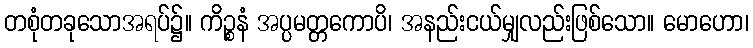
တစုံတခုသောအရပ်၌။ ကိဉ္စနံ အပ္ပမတ္တကောပိ၊ အနည်းငယ်မျှလည်းဖြစ်သော။ မောဟော၊